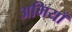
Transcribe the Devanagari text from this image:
अमियाँ